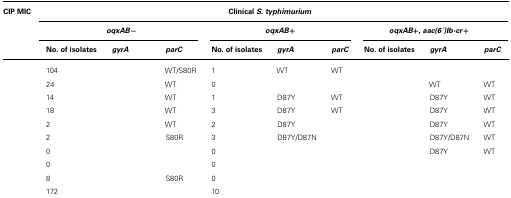
<table><thead><tr><td><b>CIP MIC</b></td><td colspan="9"><b>Clinical <i>S. typhimurium</i></b></td></tr><tr><td>[EMPTY_CELL]</td><td colspan="3"><b><i>oqxAB</i>-</b></td><td colspan="3"><b><i>oqxAB</i>+</b></td><td colspan="3"><b><i>oqxAB+</i>, <i>aac(6</i>′<i>)Ib-cr</i>+</b></td></tr><tr><td>[EMPTY_CELL]</td><td><b>No. of isolates</b></td><td><b><i>gyrA</i></b></td><td><b><i>parC</i></b></td><td><b>No. of isolates</b></td><td><b><i>gyrA</i></b></td><td><b><i>parC</i></b></td><td><b>No. of isolates</b></td><td><b><i>gyrA</i></b></td><td><b><i>parC</i></b></td></tr></thead><tbody><tr><td>[EMPTY_CELL]</td><td>104</td><td>[EMPTY_CELL]</td><td>WT/S80R</td><td>1</td><td>WT</td><td>WT</td><td>[EMPTY_CELL]</td><td>[EMPTY_CELL]</td><td>[EMPTY_CELL]</td></tr><tr><td>[EMPTY_CELL]</td><td>24</td><td>[EMPTY_CELL]</td><td>WT</td><td>0</td><td>[EMPTY_CELL]</td><td>[EMPTY_CELL]</td><td>[EMPTY_CELL]</td><td>WT</td><td>WT</td></tr><tr><td>[EMPTY_CELL]</td><td>14</td><td>[EMPTY_CELL]</td><td>WT</td><td>1</td><td>D87Y</td><td>WT</td><td>[EMPTY_CELL]</td><td>D87Y</td><td>WT</td></tr><tr><td>[EMPTY_CELL]</td><td>18</td><td>[EMPTY_CELL]</td><td>WT</td><td>3</td><td>D87Y</td><td>WT</td><td>[EMPTY_CELL]</td><td>D87Y</td><td>WT</td></tr><tr><td>[EMPTY_CELL]</td><td>2</td><td>[EMPTY_CELL]</td><td>WT</td><td>2</td><td>D87Y</td><td>[EMPTY_CELL]</td><td>[EMPTY_CELL]</td><td>D87Y</td><td>WT</td></tr><tr><td>[EMPTY_CELL]</td><td>2</td><td>[EMPTY_CELL]</td><td>S80R</td><td>3</td><td>D87Y/D87N</td><td>[EMPTY_CELL]</td><td>[EMPTY_CELL]</td><td>D87Y/D87N</td><td>WT</td></tr><tr><td>[EMPTY_CELL]</td><td>0</td><td>[EMPTY_CELL]</td><td>[EMPTY_CELL]</td><td>0</td><td>[EMPTY_CELL]</td><td>[EMPTY_CELL]</td><td>[EMPTY_CELL]</td><td>D87Y</td><td>WT</td></tr><tr><td>[EMPTY_CELL]</td><td>0</td><td>[EMPTY_CELL]</td><td>[EMPTY_CELL]</td><td>0</td><td>[EMPTY_CELL]</td><td>[EMPTY_CELL]</td><td>[EMPTY_CELL]</td><td>[EMPTY_CELL]</td><td>[EMPTY_CELL]</td></tr><tr><td>[EMPTY_CELL]</td><td>8</td><td>[EMPTY_CELL]</td><td>S80R</td><td>0</td><td>[EMPTY_CELL]</td><td>[EMPTY_CELL]</td><td>[EMPTY_CELL]</td><td>[EMPTY_CELL]</td><td>[EMPTY_CELL]</td></tr><tr><td>[EMPTY_CELL]</td><td>172</td><td>[EMPTY_CELL]</td><td>[EMPTY_CELL]</td><td>10</td><td>[EMPTY_CELL]</td><td>[EMPTY_CELL]</td><td>[EMPTY_CELL]</td><td>[EMPTY_CELL]</td><td>[EMPTY_CELL]</td></tr></tbody></table>